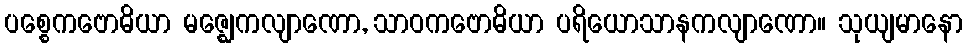
ပစ္စေကဗောဓိယာ မဇ္ဈေကလျာဏော, သာဝကဗောဓိယာ ပရိယောသာနကလျာဏော။ သုယျမာနော